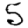
Digit: 5